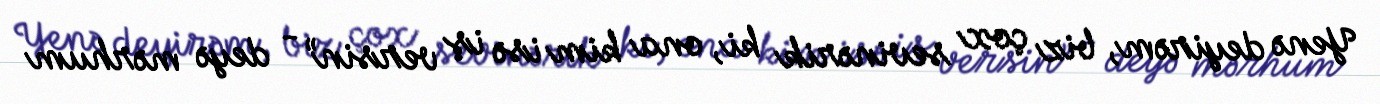
Yenə deyirəm, biz çox sevinərik ki, ona kim isə iş versin” - deyə mərhum